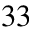
_ { 3 3 }